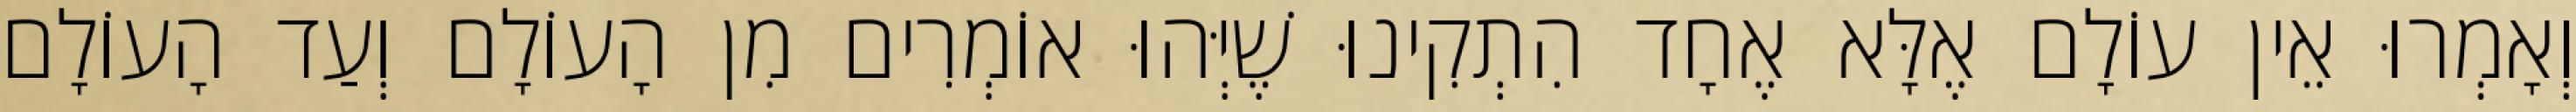
וְאָמְרוּ אֵין עוֹלָם אֶלָּא אֶחָד הִתְקִינוּ שֶׁיְּהוּ אוֹמְרִים מִן הָעוֹלָם וְעַד הָעוֹלָם